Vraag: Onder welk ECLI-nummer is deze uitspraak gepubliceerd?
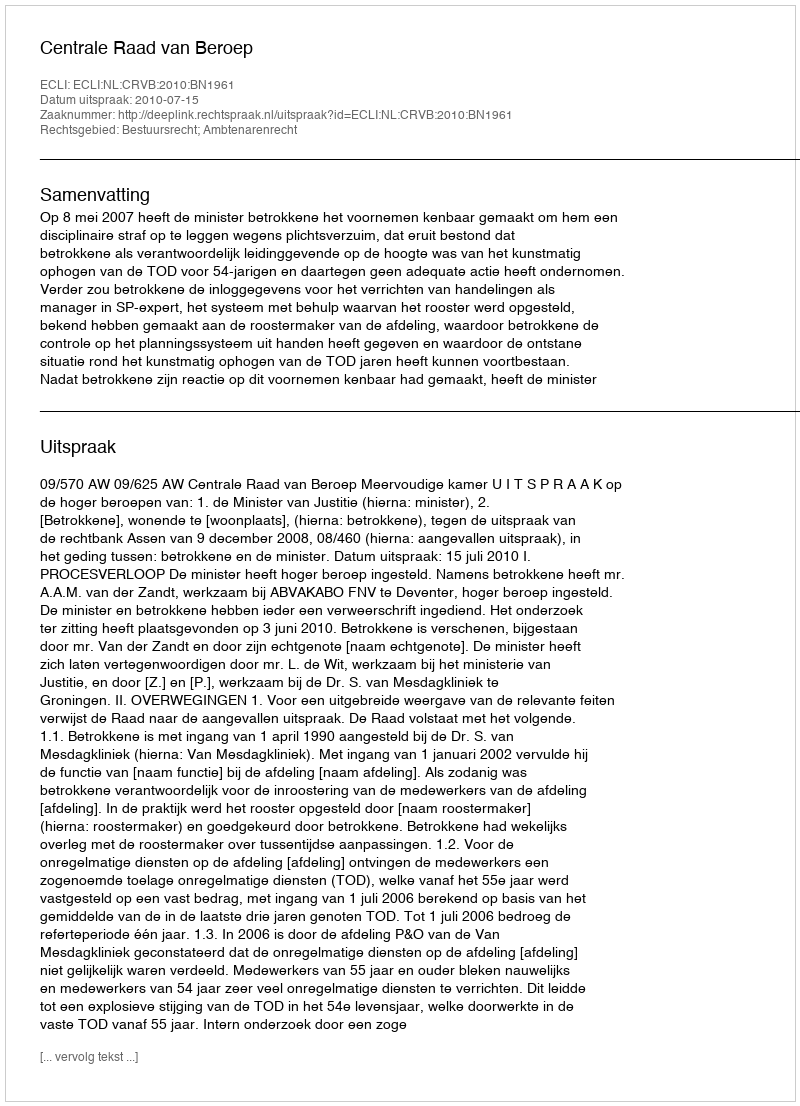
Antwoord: ECLI:NL:CRVB:2010:BN1961